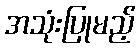
အသုံးပြုမည့်